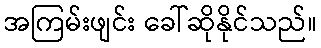
အကြမ်းဖျင်း ခေါ်ဆိုနိုင်သည်။